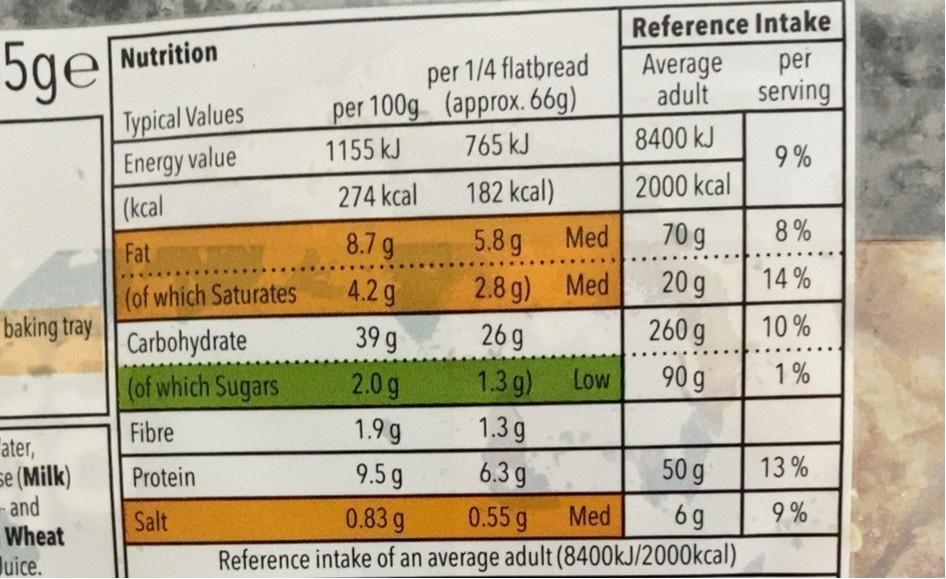
Reference Intake
5ge
Nutrition
per 1/4 flatbread per 100g (approx. 66g) 765 kJ
Average adult
per
serving
Typical Values Energy value (kcal
8400 kJ
1155 kJ
9 %
274 kcal
182 kcal)
2000 kcal
8.7 g
5.8 g
Med
70 g
8%
Fat
(of which Saturates
4.2 g
2.8 g) Med
20 g
14 %
baking tray
Carbohydrate
39 g
26 g
260 g
10%
(of which Sugars
2.0 g
1.3 g)
Low
90 g
1 %
Fibre
1.9 g
1.3 g
"ater, se (Milk) -and Wheat luice.
Protein
9.5g
6.3 g
50 g
13 %
Salt
0.83 g
0.55 g
Med
6 g
9 %
Reference intake of an average
adult (8400kJ/2000kcal)